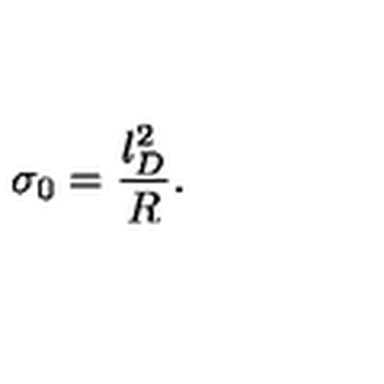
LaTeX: \sigma _ { 0 } = \frac { l _ { D } ^ { 2 } } { R } .